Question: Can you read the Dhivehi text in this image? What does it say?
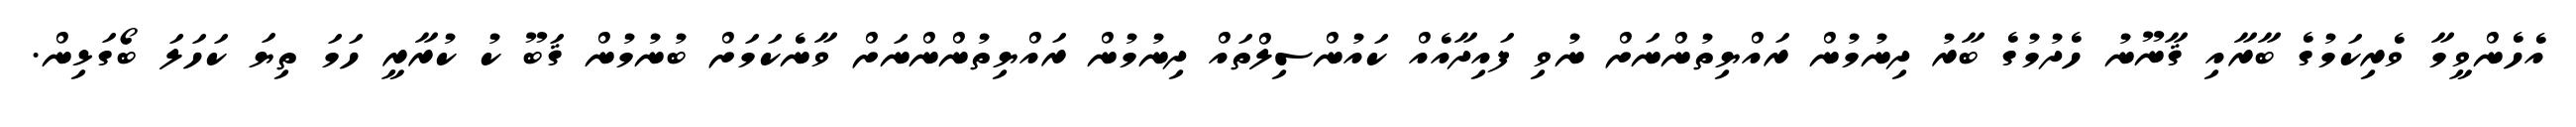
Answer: އެހެންވީމާ ވެރިކަމުގެ ބާރާއި ޤާނޫނު ހެދުމުގެ ބާރު ދިނުމުން ރައްޔިތުންނަށް ނުވި ފައިދާއެއް ކައުންސިލްތައް ދިނުމުން ރައްޔިތުންންނަށް ވާނެކަމަށް ބުނުމުން ޤަބޫ ކު ކުރާރީ ހަމަ ތިޔަ ކަހަލަ ބޯގަޅިން.